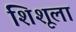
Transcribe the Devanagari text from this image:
शिशूला